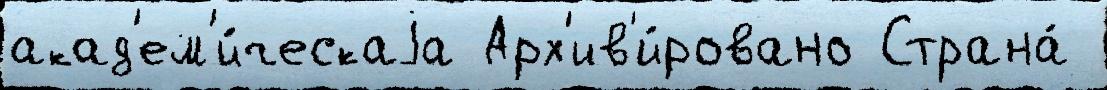
акад'ем'и́ческаjа Арх'ив'и́ровано Страна́